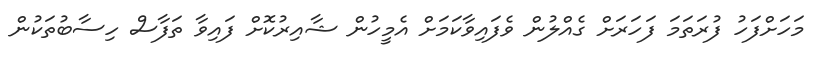
މަހަށްފަހު ފުރަތަމަ ފަހަރަށް ގެއްލުން ވެފައިވާކަމަށް އެމީހުން ޝާއިރުކޮށް ފައިވާ ތަފާސް ހިސާބުތަކުން